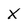
Character: X